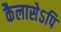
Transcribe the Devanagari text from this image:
कैलासेऽपि